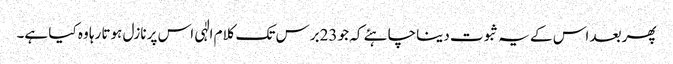
پھر بعد اس کے یہ ثبوت دینا چاہئے کہ جو 23برس تک کلام الٰہی اس پر نازل ہوتا رہا وہ کیا ہے۔